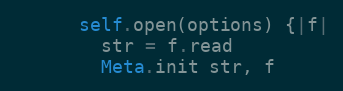
Language: Ruby
      self.open(options) {|f|
        str = f.read
        Meta.init str, f